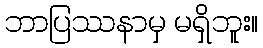
ဘာပြဿနာမှ မရှိဘူး။